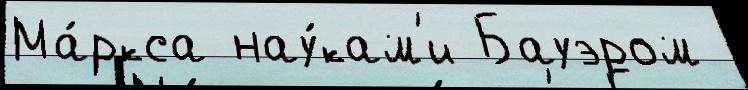
Ма́ркса нау́кам'и Бауэром